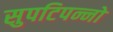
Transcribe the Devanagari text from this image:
सुपटिपन्नो